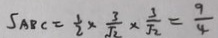
S _ { A B C } = \frac { 1 } { 2 } \times \frac { 3 } { \sqrt { 2 } } \times \frac { 3 } { \sqrt { 2 } } = \frac { 9 } { 4 }